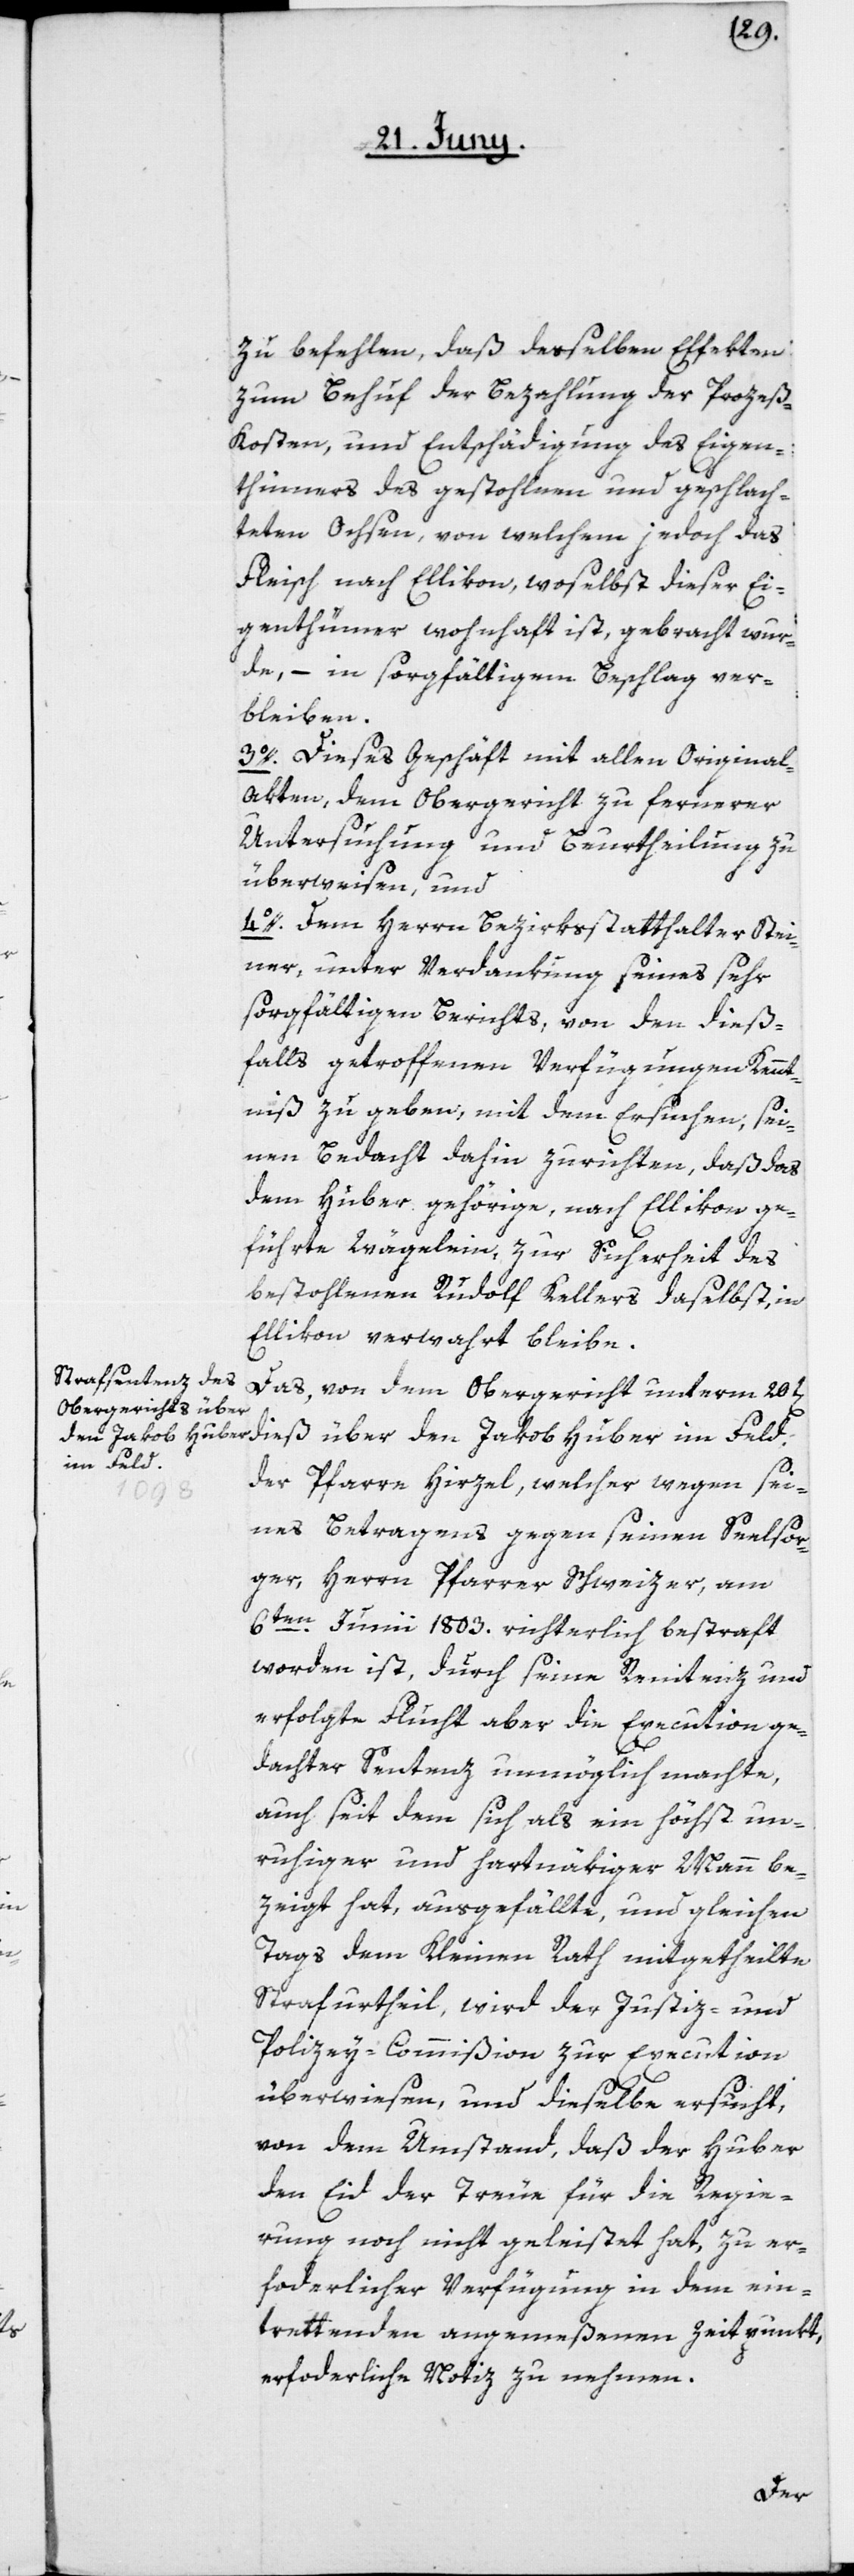
zu befehlen, daß derselben Effekten
zum Behuf der Bezahlung der Prozeß-K¬
osten und Entschädigung des Eigen¬
thümers des gestohlenen und geschlach¬
teten Ochsen, von welchem jedoch das
Fleisch nach Ellikon, woselbst dieser Ei¬
genthümer wohnhaft ist, gebracht wur¬
de, – in sorgfältigem Beschlag ver¬
bleiben.
3o. Dieses Geschäft mit allen Original-A¬
kten, dem Obergericht zu fernerer
Untersuchung und Beurtheilung zu
überweisen, und
4o. Dem Herrn Bezirksstatthalter Stei¬
ner, unter Verdankung seines sehr
sorgfältigen Berichts, von den dieß¬
falls getroffenen Verfügungen Kennt¬
niß zu geben, mit dem Ersuchen, sei¬
nen Bedacht dahin zurichten, daß das
dem Huber gehörige, nach Ellikon ge¬
führte Wägelein, zur Sicherheit des
bestohlenen Rudolf Kellers daselbst, in
Ellikon verwahrt bleibe.
Das, von dem Obergericht unterm 20t[en]
im Feld,
der Pfarre Hirzel, welcher wegen sei¬
nes Betragens gegen seinen Seelsor¬
ger, Herrn Pfarrer Schweizer, am
6ten Junii richterlich bestraft
worden ist, durch seine Renitenz und
erfolgte Flucht aber die Execution ge¬
dachter Sentenz unmöglich machte,
auch seit dem sich als ein höchst un¬
ruhiger und hartnäkiger Mann be¬
zeigt hat, ausgefällte und gleichen
Tags dem Kleinen Rath mitgetheilte,
Strafurtheil, wird der Justiz- und
Polizey-Commißion zur Execution
überwiesen, und dieselbe ersucht,
von dem Umstand, daß der Huber
den Eid der Treue für die Regie¬
rung noch nicht geleistet hat, zu er¬
forderlicher Verfügung in dem ein¬
trettenden angemeßenen Zeitpunkt,
erforderliche Notiz zu nehmen.
den